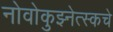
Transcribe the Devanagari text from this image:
नोवोकुझ्नेत्स्कचे